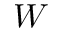
W